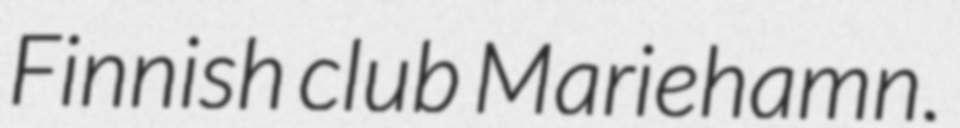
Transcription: Finnish club Mariehamn.